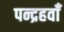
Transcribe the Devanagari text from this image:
पन्द्रहवाँ